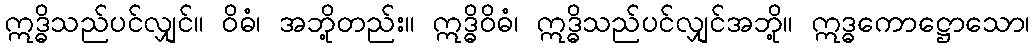
ဣဒ္ဓိသည်ပင်လျှင်။ ဝိဓံ၊ အဘို့တည်း။ ဣဒ္ဓိဝိဓံ၊ ဣဒ္ဓိသည်ပင်လျှင်အဘို့။ ဣဒ္ဓကောဋ္ဌောသော၊